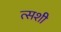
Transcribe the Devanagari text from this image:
त्सशी